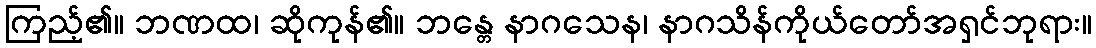
ကြည့်၏။ ဘဏထ၊ ဆိုကုန်၏။ ဘန္တေ နာဂသေန၊ နာဂသိန်ကိုယ်တော်အရှင်ဘုရား။